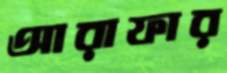
আরাফার